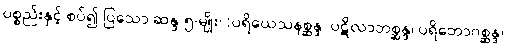
ပစ္စည်းနှင့် စပ်၍ ပြသော ဆန္ဒ ၅-မျိုး၊ (ပရိယေသနစ္ဆန္ဒ၊ ပဋိလာဘစ္ဆန္ဒ၊ ပရိဘောဂစ္ဆန္ဒ၊